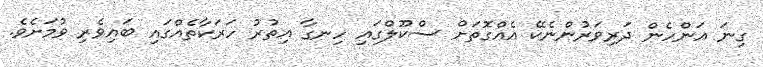
ގިނަ އަންހެން ދަރިވަރުންނެކޭ އެއްގޮތަށް ސްކޫލްގައި ހިނގާ އިތުރު ހަރަކާތެއްގައި ބައިވެރި ވުމަށެވެ.